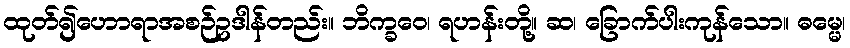
ထုတ်၍ဟောရာအစဉ်ဥဒါန်တည်း။ ဘိက္ခဝေ၊ ရဟန်းတို့။ ဆ၊ ခြောက်ပါးကုန်သော။ ဓမ္မေ၊